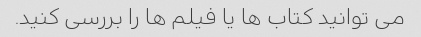
می توانید کتاب ها یا فیلم ها را بررسی کنید.